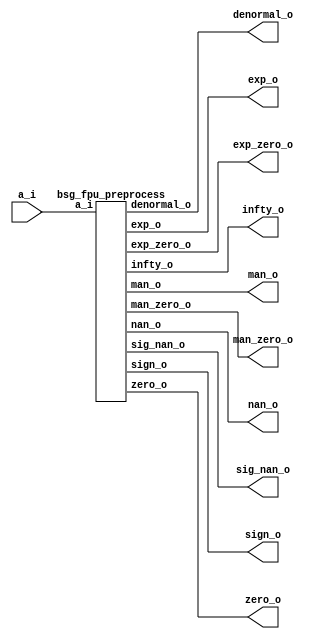
// This program was cloned from: https://github.com/chipsalliance/UHDM-integration-tests
// License: Apache License 2.0



module top
(
  a_i,
  zero_o,
  nan_o,
  sig_nan_o,
  infty_o,
  exp_zero_o,
  man_zero_o,
  denormal_o,
  sign_o,
  exp_o,
  man_o
);

  input [15:0] a_i;
  output [4:0] exp_o;
  output [9:0] man_o;
  output zero_o;
  output nan_o;
  output sig_nan_o;
  output infty_o;
  output exp_zero_o;
  output man_zero_o;
  output denormal_o;
  output sign_o;

  bsg_fpu_preprocess
  wrapper
  (
    .a_i(a_i),
    .exp_o(exp_o),
    .man_o(man_o),
    .zero_o(zero_o),
    .nan_o(nan_o),
    .sig_nan_o(sig_nan_o),
    .infty_o(infty_o),
    .exp_zero_o(exp_zero_o),
    .man_zero_o(man_zero_o),
    .denormal_o(denormal_o),
    .sign_o(sign_o)
  );


endmodule



module bsg_fpu_preprocess
(
  a_i,
  zero_o,
  nan_o,
  sig_nan_o,
  infty_o,
  exp_zero_o,
  man_zero_o,
  denormal_o,
  sign_o,
  exp_o,
  man_o
);

  input [15:0] a_i;
  output [4:0] exp_o;
  output [9:0] man_o;
  output zero_o;
  output nan_o;
  output sig_nan_o;
  output infty_o;
  output exp_zero_o;
  output man_zero_o;
  output denormal_o;
  output sign_o;
  wire [4:0] exp_o;
  wire [9:0] man_o;
  wire zero_o,nan_o,sig_nan_o,infty_o,exp_zero_o,man_zero_o,denormal_o,sign_o,a_i_15_,
  N0,N1,N2,N3,N5,N6,N7,N8,N9,N10,N11,N12,N13,N14,N15,N16,N17,N19;
  assign a_i_15_ = a_i[15];
  assign sign_o = a_i_15_;
  assign exp_o[4] = a_i[14];
  assign exp_o[3] = a_i[13];
  assign exp_o[2] = a_i[12];
  assign exp_o[1] = a_i[11];
  assign exp_o[0] = a_i[10];
  assign man_o[9] = a_i[9];
  assign man_o[8] = a_i[8];
  assign man_o[7] = a_i[7];
  assign man_o[6] = a_i[6];
  assign man_o[5] = a_i[5];
  assign man_o[4] = a_i[4];
  assign man_o[3] = a_i[3];
  assign man_o[2] = a_i[2];
  assign man_o[1] = a_i[1];
  assign man_o[0] = a_i[0];
  assign N0 = exp_o[3] | exp_o[4];
  assign N1 = exp_o[2] | N0;
  assign N2 = exp_o[1] | N1;
  assign N3 = exp_o[0] | N2;
  assign exp_zero_o = ~N3;
  assign N5 = exp_o[3] & exp_o[4];
  assign N6 = exp_o[2] & N5;
  assign N7 = exp_o[1] & N6;
  assign N8 = exp_o[0] & N7;
  assign N9 = man_o[8] | man_o[9];
  assign N10 = man_o[7] | N9;
  assign N11 = man_o[6] | N10;
  assign N12 = man_o[5] | N11;
  assign N13 = man_o[4] | N12;
  assign N14 = man_o[3] | N13;
  assign N15 = man_o[2] | N14;
  assign N16 = man_o[1] | N15;
  assign N17 = man_o[0] | N16;
  assign man_zero_o = ~N17;
  assign zero_o = exp_zero_o & man_zero_o;
  assign nan_o = N8 & N17;
  assign sig_nan_o = nan_o & N19;
  assign N19 = ~man_o[9];
  assign infty_o = N8 & man_zero_o;
  assign denormal_o = exp_zero_o & N17;

endmodule